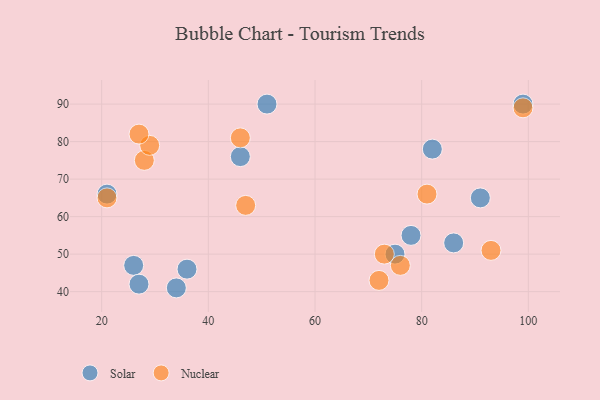
{"axis": {"x": "GDP", "y": "Life Expectancy"}, "legend": ["Nuclear", "Solar"], "data": [{"x": "34", "y": 41, "type": "Solar"}, {"x": "26", "y": 47, "type": "Solar"}, {"x": "27", "y": 42, "type": "Solar"}, {"x": "86", "y": 53, "type": "Solar"}, {"x": "75", "y": 50, "type": "Solar"}, {"x": "78", "y": 55, "type": "Solar"}, {"x": "99", "y": 90, "type": "Solar"}, {"x": "91", "y": 65, "type": "Solar"}, {"x": "51", "y": 90, "type": "Solar"}, {"x": "21", "y": 66, "type": "Solar"}, {"x": "82", "y": 78, "type": "Solar"}, {"x": "36", "y": 46, "type": "Solar"}, {"x": "46", "y": 76, "type": "Solar"}, {"x": "76", "y": 47, "type": "Nuclear"}, {"x": "93", "y": 51, "type": "Nuclear"}, {"x": "28", "y": 75, "type": "Nuclear"}, {"x": "73", "y": 50, "type": "Nuclear"}, {"x": "81", "y": 66, "type": "Nuclear"}, {"x": "21", "y": 65, "type": "Nuclear"}, {"x": "29", "y": 79, "type": "Nuclear"}, {"x": "72", "y": 43, "type": "Nuclear"}, {"x": "27", "y": 82, "type": "Nuclear"}, {"x": "47", "y": 63, "type": "Nuclear"}, {"x": "99", "y": 89, "type": "Nuclear"}, {"x": "46", "y": 81, "type": "Nuclear"}]}